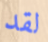
لقد